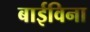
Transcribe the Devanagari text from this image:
बाईविना